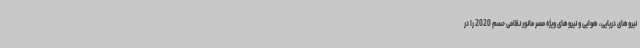
نیروهای دریایی، هوایی و نیروهای ویژه مصر مانور نظامی حسم 2020 را در